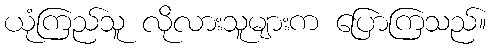
ယုံကြည်သူ လိုလားသူများက ပြောကြသည်။